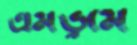
এমভুমে